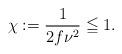
LaTeX: \begin{align*}\chi:=\frac{1}{2f\nu^2}\leqq1.\end{align*}